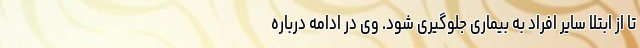
تا از ابتلا سایر افراد به بیماری جلوگیری شود. وی در ادامه درباره